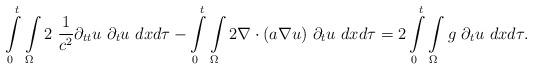
LaTeX: \begin{align*}\int \limits_{0}^{t}\int\limits_{\Omega} 2~\frac{1}{c^2}\partial_{tt} u ~\partial_t u~ dxd\tau - \int \limits_{0}^{t}\int\limits_{\Omega} 2 \nabla \cdot (a \nabla u)~\partial_t u~ dxd\tau =2\int\limits_{0}^{t}\int\limits_{\Omega} g~\partial_t u~dxd\tau.\end{align*}